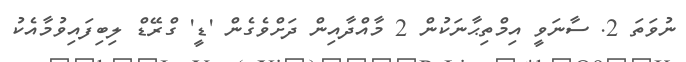
ނުވަތަ 2. ސާނަވީ އިމްތިޙާނަކުން 2 މާއްދާއިން ދަށްވެގެން 'ޑީ' ގްރޭޑް ލިބިފައިވުމާއެކު